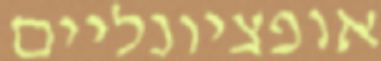
אופציונליים